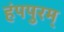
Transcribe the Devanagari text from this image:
हंपपुरम्